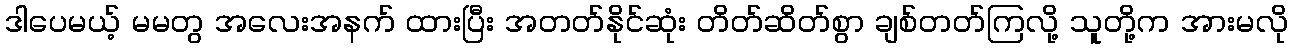
ဒါပေမယ့် မမတွ အလေးအနက် ထားပြီး အတတ်နိုင်ဆုံး တိတ်ဆိတ်စွာ ချစ်တတ်ကြလို့ သူတို့က အားမလို